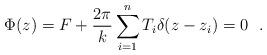
LaTeX: \begin{align*}\Phi(z)=F+\frac{2\pi}{k} \sum_{i=1}^{n}T_{i}\delta(z-z_{i})=0\ \ . \end{align*}